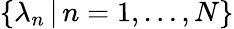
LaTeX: \{ \lambda_{n}\, |\, n=1,\ldots,N\}